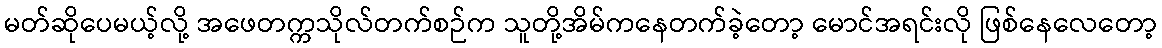
မတ်ဆိုပေမယ့်လို့ အဖေတက္ကသိုလ်တက်စဉ်က သူတို့အိမ်ကနေတက်ခဲ့တော့ မောင်အရင်းလို ဖြစ်နေလေတော့